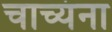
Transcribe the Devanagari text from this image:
चाच्यंना